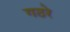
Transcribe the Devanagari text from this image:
गठरे